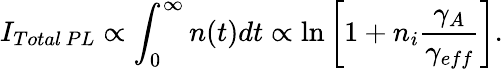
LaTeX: I_{Total\, PL}\propto\int_{0}^{\infty}n(t)dt\propto\ln\left[1+n_{i}\frac{\gamma_{A}}{\gamma_{eff}}\right].